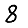
Digit: 8